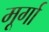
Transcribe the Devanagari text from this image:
मूर्गा